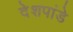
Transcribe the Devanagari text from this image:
देेशपांडे